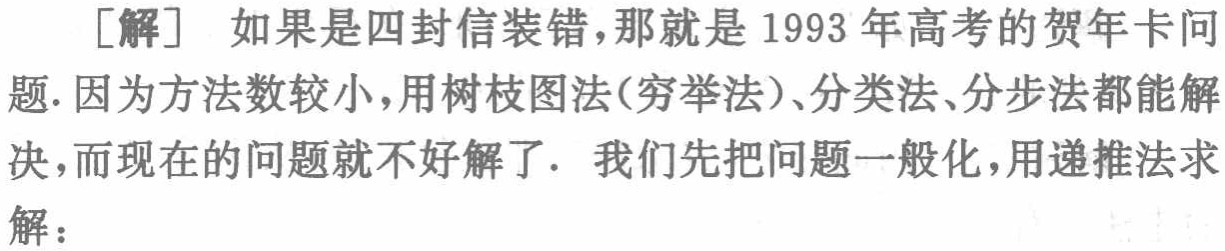
[解] 如果是四封装错，那就是1993 年高考的贺年卡问题. 因为方法数较小，用树枝图法(穷举法)、分类法、分步法都能解决，而现在的问题就不好解了. 我们先把问题一般化，用递推法求解：